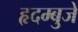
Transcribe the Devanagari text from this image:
हृदम्बुजे